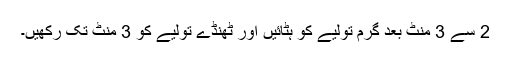
2 سے 3 منٹ بعد گرم تولیے کو ہٹائیں اور ٹھنڈے تولیے کو 3 منٹ تک رکھیں۔